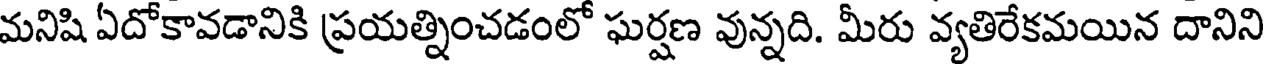
మనిషి ఏదోకావడానికి ప్రయత్నించడంలో ఘర్షణ వున్నది. మీరు వ్యతిరేకమయిన దానిని